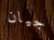
جيان